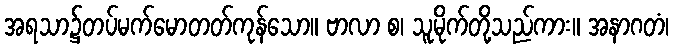
အရသာ၌တပ်မက်မောတတ်ကုန်သော။ ဗာလာ စ၊ သူမိုက်တို့သည်ကား။ အနာဂတံ၊